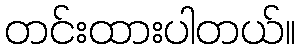
တင်းထားပါတယ်။